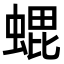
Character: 𮔢